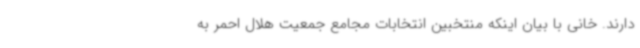
دارند. خانی با بیان اینکه منتخبین انتخابات مجامع جمعیت هلال احمر به